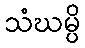
သံဃမ္ပိ